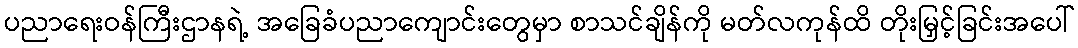
ပညာရေးဝန်ကြီးဌာနရဲ့ အခြေခံပညာကျောင်းတွေမှာ စာသင်ချိန်ကို မတ်လကုန်ထိ တိုးမြှင့်ခြင်းအပေါ်